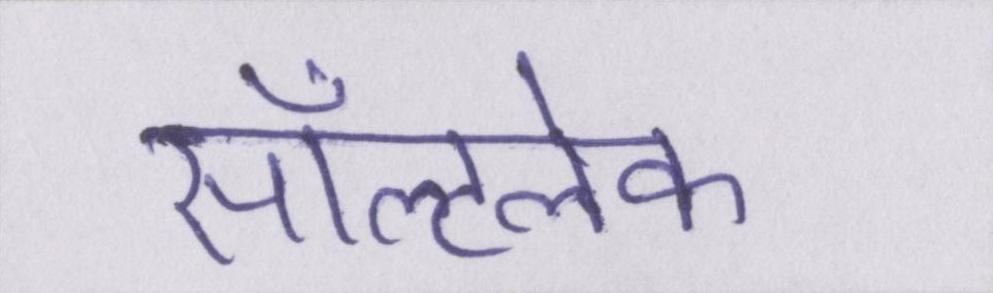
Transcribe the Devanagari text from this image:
सॉल्टलेक